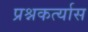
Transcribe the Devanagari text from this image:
प्रश्नकर्त्यास